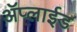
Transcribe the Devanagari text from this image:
ॲप्लाईड